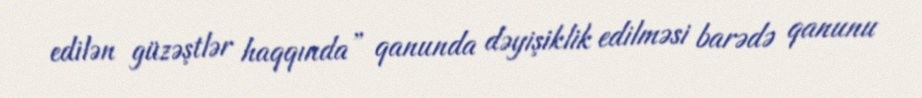
edilən güzəştlər haqqında” qanunda dəyişiklik edilməsi barədə qanunu